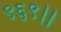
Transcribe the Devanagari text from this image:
९६९।।